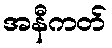
အနီကတ်